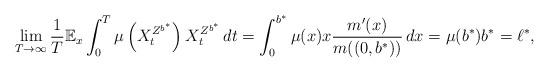
LaTeX: \begin{align*}\lim_{T\rightarrow\infty}\frac{1}{T}\mathbb{E}_x\int_0^T \mu\left(X_t^{Z^{b^\ast}}\right)X_t^{Z^{b^\ast}}\,dt = \int_0^{b^\ast} \mu(x)x \frac{m'(x)}{m((0,b^\ast))}\,dx = \mu(b^\ast)b^\ast = \ell^\ast,\end{align*}